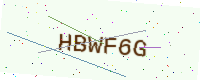
Text: HBWF6G